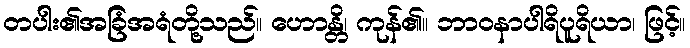
တပါး၏အခြံအရံတို့သည်။ ဟောန္တိ၊ ကုန်၏။ ဘာဝနာပါရိပူရိယာ၊ ဖြင့်။